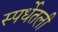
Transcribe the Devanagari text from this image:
स्पर्धेतली